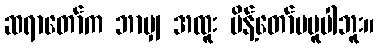
ဆရာတော်က ဘာမျှ အထူး မိန့်တော်မမူပါဘူး။